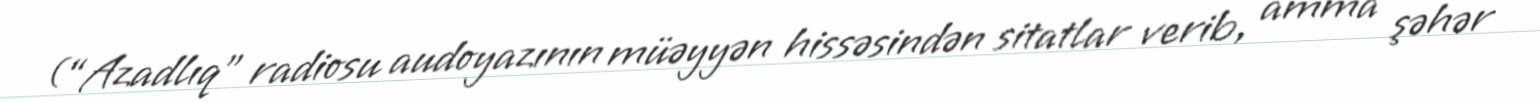
(“Azadlıq” radiosu audoyazının müəyyən hissəsindən sitatlar verib, amma şəhər